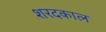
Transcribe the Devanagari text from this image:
शरदकाल